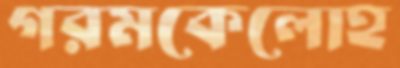
গরমকেলোহ